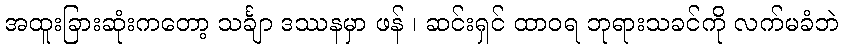
အထူးခြားဆုံးကတော့ သင်္ချာ ဒဿနမှာ ဖန် ၊ ဆင်းရှင် ထာဝရ ဘုရားသခင်ကို လက်မခံဘဲ